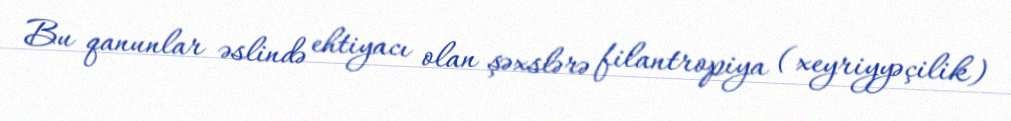
Bu qanunlar əslində ehtiyacı olan şəxslərə filantropiya (xeyriyyəçilik)